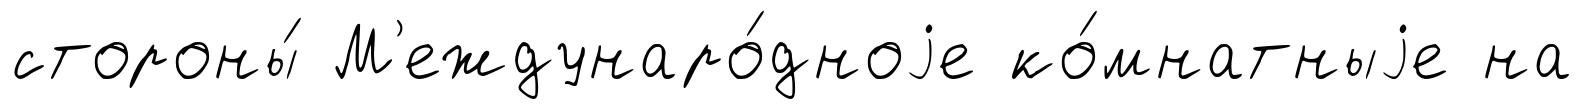
стороны́ М'еждунаро́дноjе ко́мнатныjе на